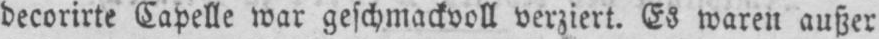
decorirte Capelle war geschmackvoll verziert. Es waren außer